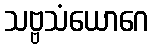
သဗ္ဗသံယောဂေ